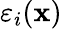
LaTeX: \varepsilon_{i}(\mathbf{x})